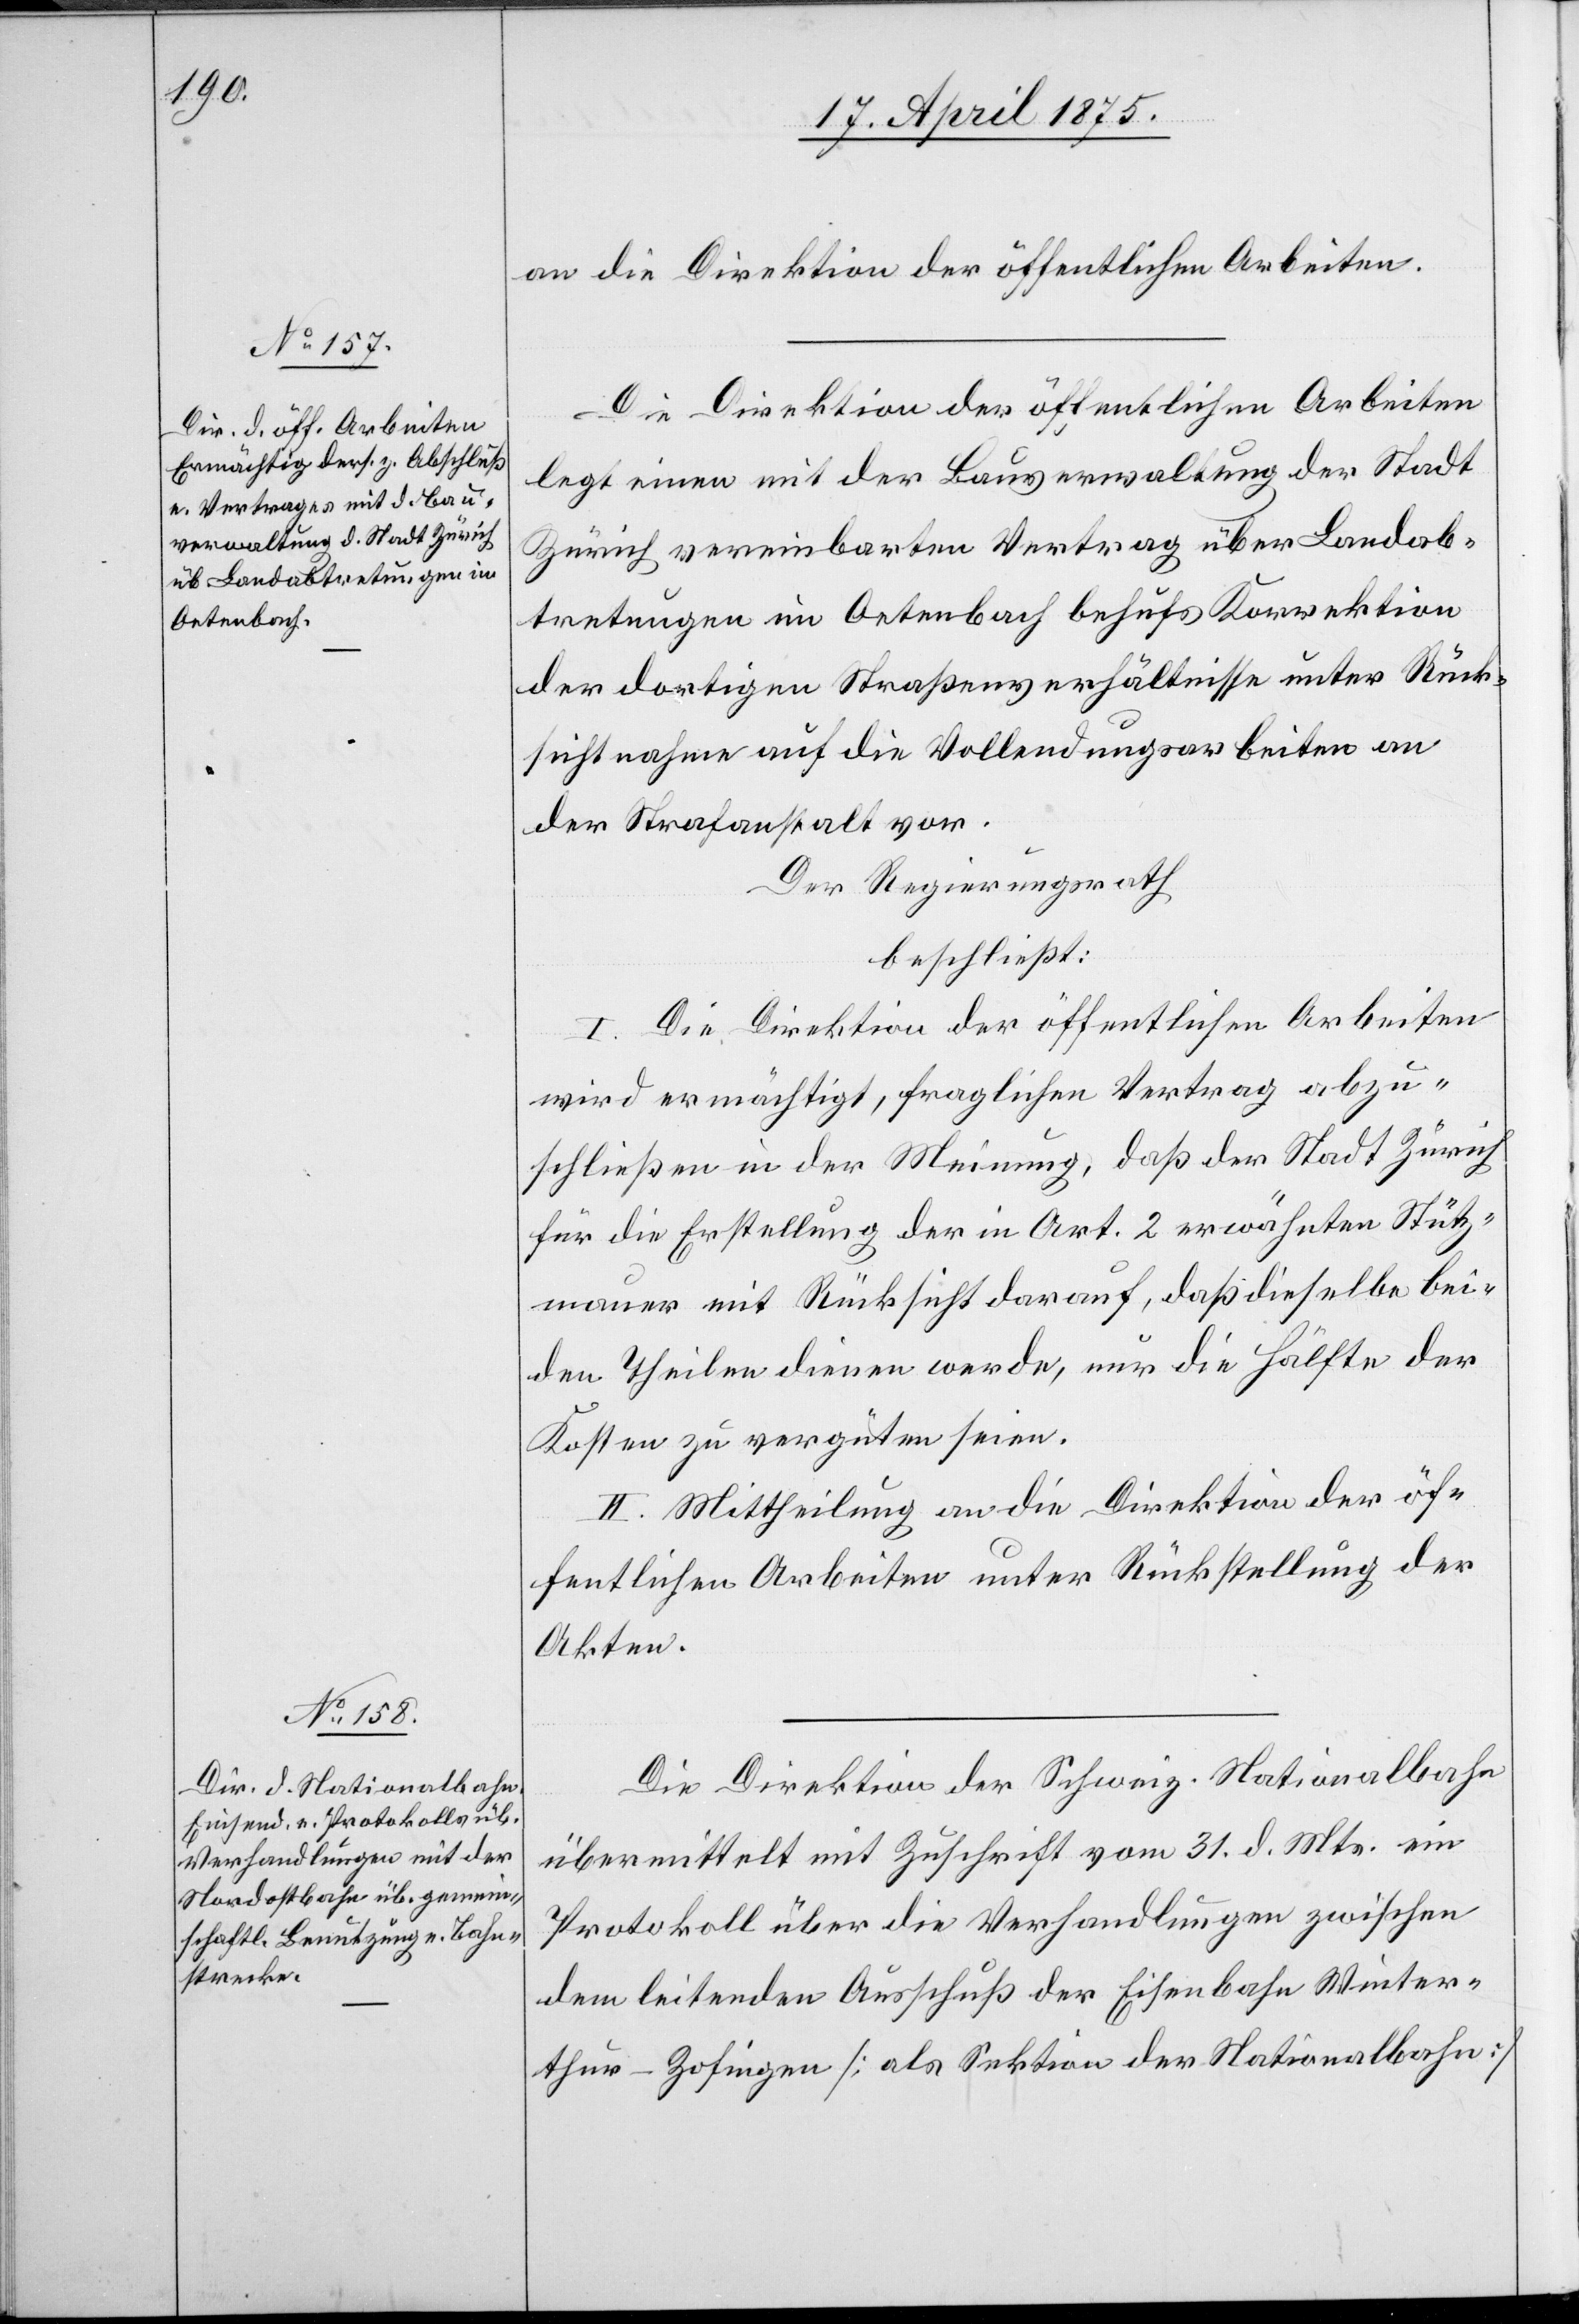
Die Direktion der öffentlichen Arbeiten
legt einen mit der Bauverwaltung der Stadt
Zürich vereinbarten Vertrag über Landab¬
tretungen in Oetenbach behufs Korrektion
der dortigen Straßenverhältnisse unter Rück¬
sichtnahme auf die Vollendungsarbeiten an
der Strafanstalt vor.
Der Regierungsrath,
beschließt:
I. Die Direktion der öffentlichen Arbeiten
wird ermächtigt, fraglichen Vertrag abzu¬
schließen in der Meinung, daß der Stadt Zürich
für die Erstellung der im Art. 2 erwähnten Stütz¬
mauer mit Rücksicht darauf, daß dieselbe bei¬
den Theilen dienen werde, nur die Hälfte der
Kosten zu vergüten seien.
II. Mittheilung an die Direktion der öf¬
fentlichen Arbeiten unter Rückstellung der
Akten.
Die Direktion er Schweiz. Nationalbahn
übermittelt mit Zuschrift vom 31. d. Mts. ein
Protokoll über die Verhandlungen zwischen
dem leitenden Ausschuß der Eisenbahn Winter¬
thur–Zofingen [als Sektion der Nationalbahn]